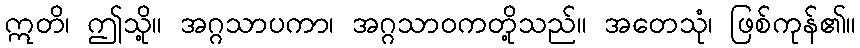
ဣတိ၊ ဤသို့။ အဂ္ဂသာပကာ၊ အဂ္ဂသာဝကတို့သည်။ အတေသုံ၊ ဖြစ်ကုန်၏။